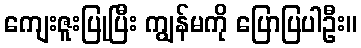
ကျေးဇူးပြုပြီး ကျွန်မကို ပြောပြပါဦး။